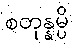
စတုန္နမ္ပိ